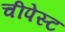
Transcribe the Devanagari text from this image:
चीपेस्ट